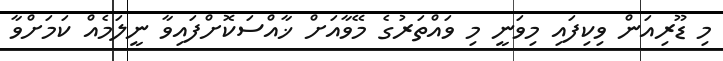
މި ޑޫރިއަން ވިކިފައި މިވަނީ މި ވައްތަރުގެ މޭވާއަށް ޚާއްސަކޮށްފައިވާ ނީލަމެއް ކަމަށްވާ